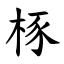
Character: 㭬